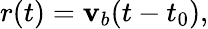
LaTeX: r(t)=\mathbf{v}_{b}(t-t_{0}),